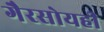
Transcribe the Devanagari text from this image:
गैरसोयही